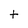
Character: t